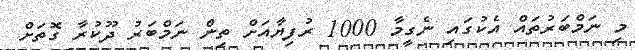
މި ނަމްބަރުތައް އެކުގައި ނެގީމާ 1000 ރުފިޔާއަށް ތިން ނަމްބަރު ދޫކުރާ ގޮތަށް